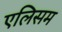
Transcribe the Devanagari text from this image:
एलिसम